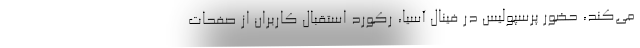
می‌کند، حضور پرسپولیس در فینال آسیا، رکورد استقبال کاربران از صفحات